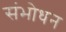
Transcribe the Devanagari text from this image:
संभोधन